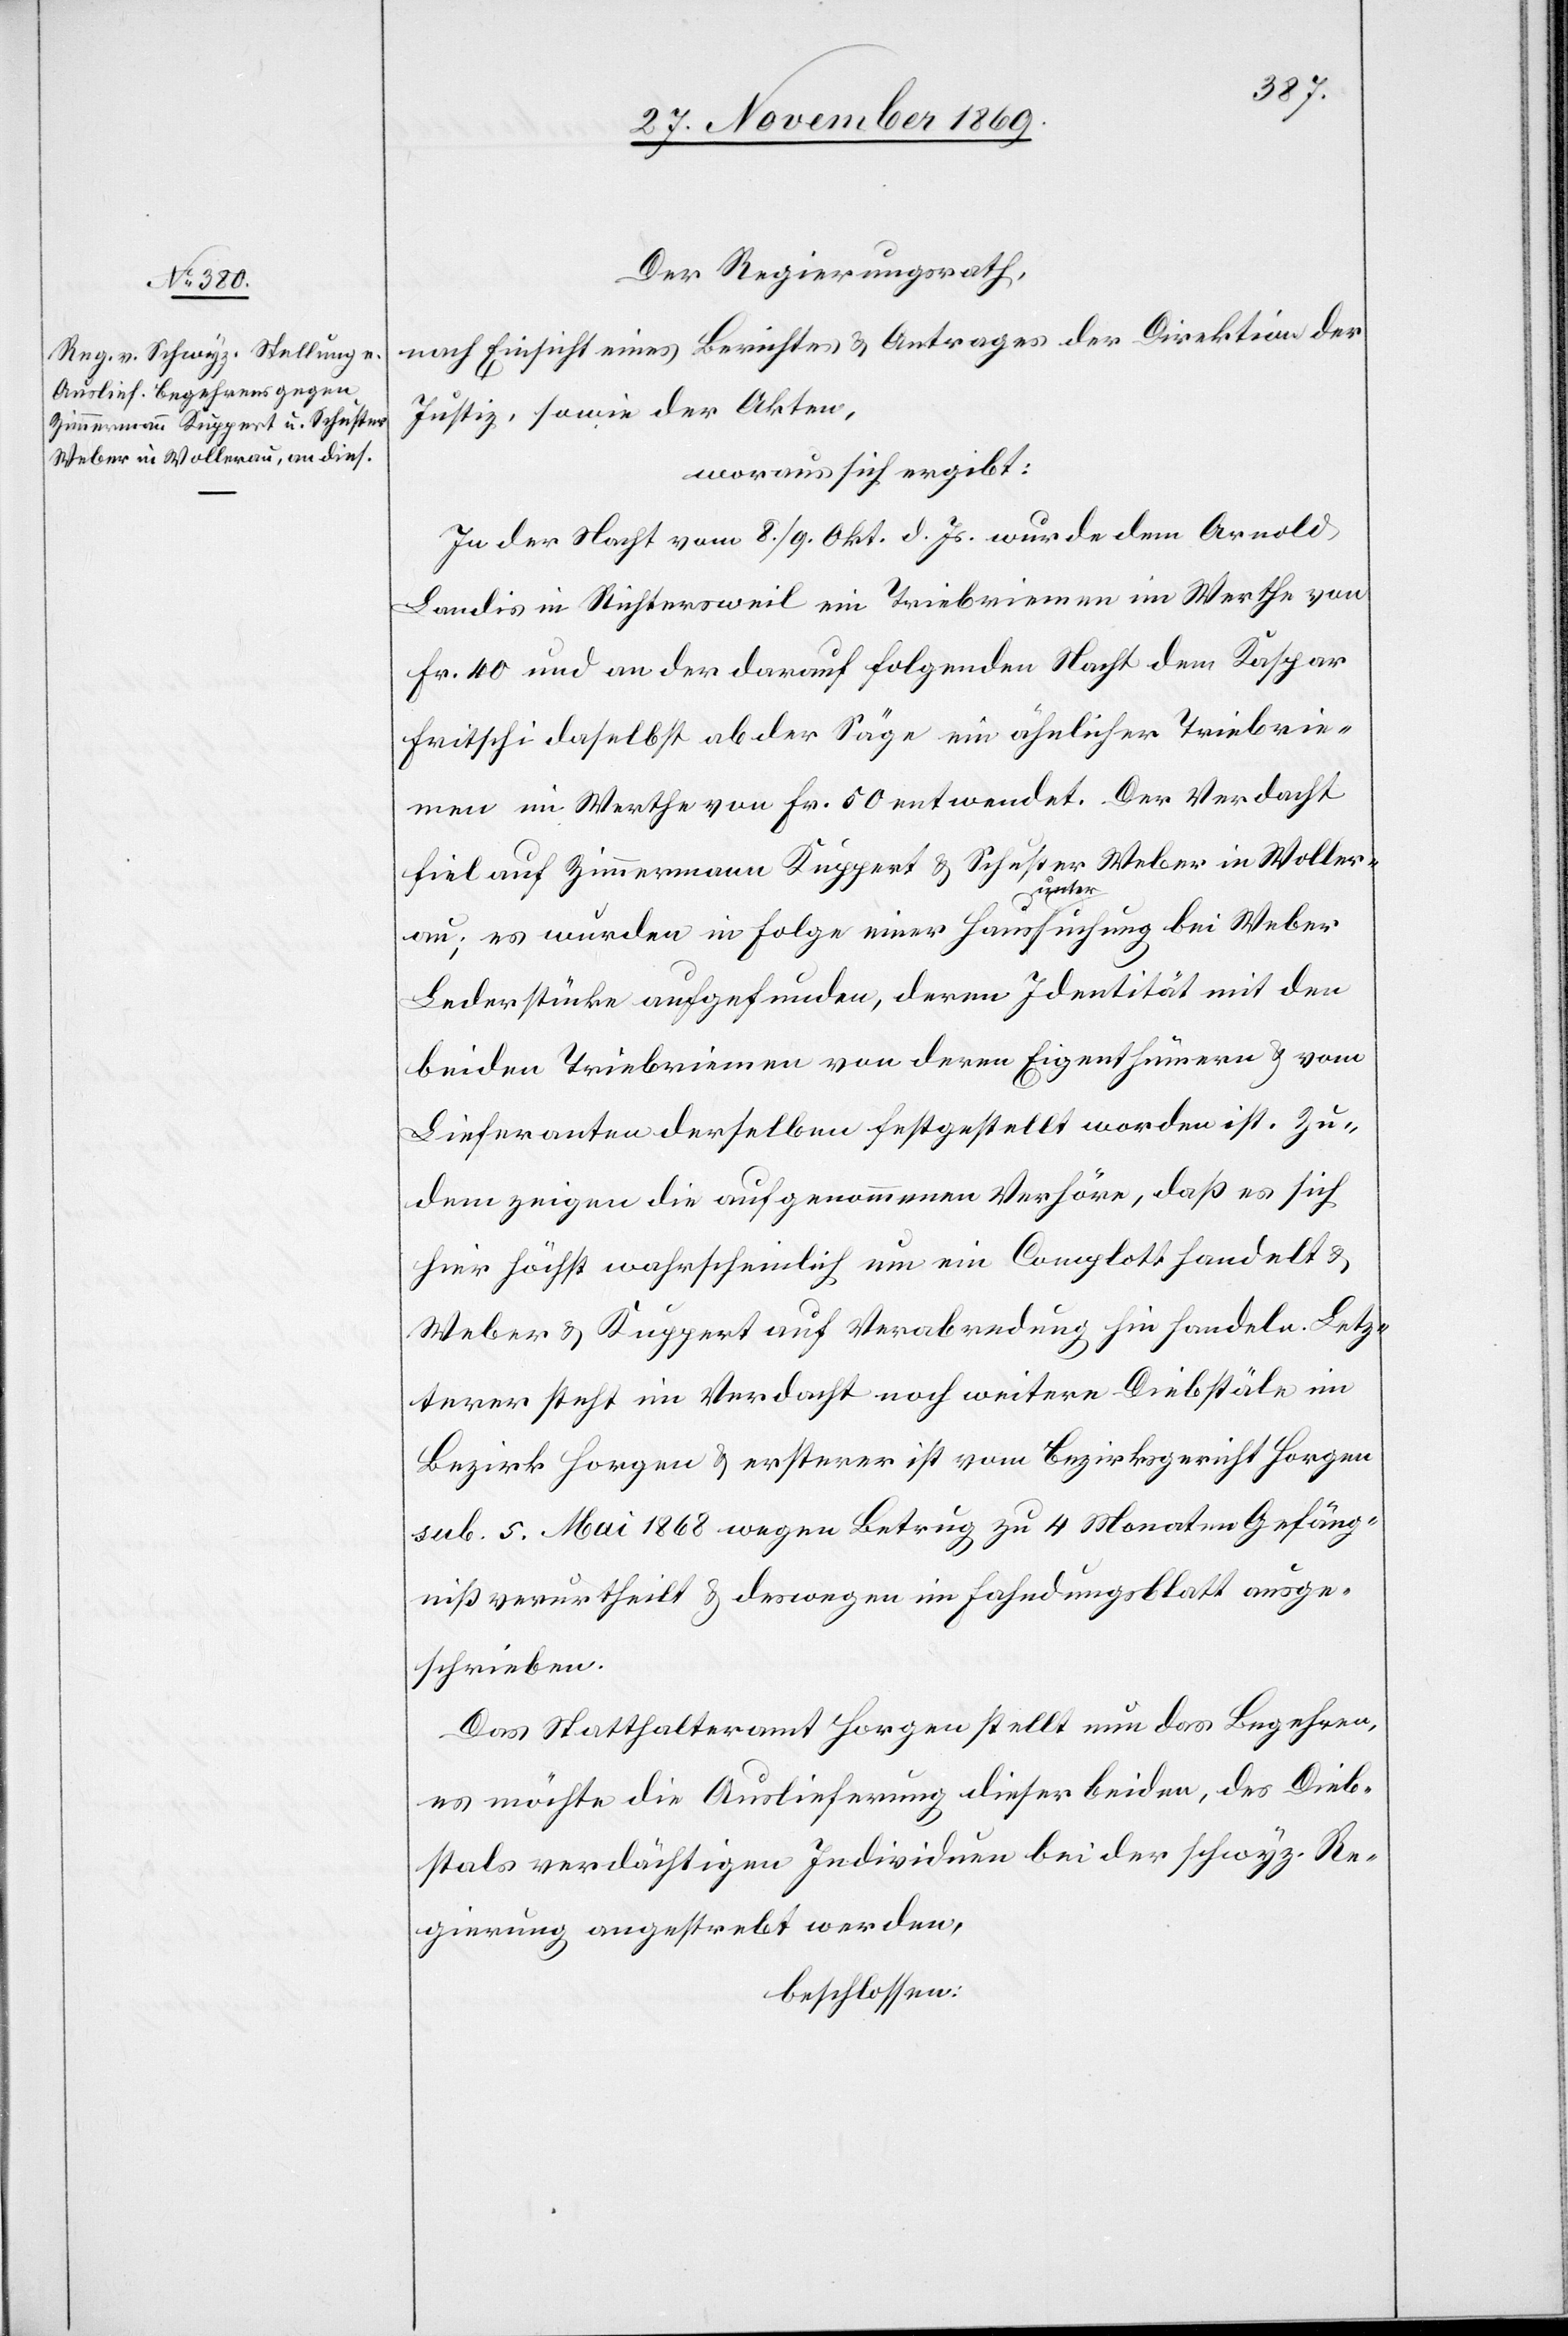
Der Regierungsrath,
nach Einsicht eines Berichtes & Antrages der Direktion der
Justiz, sowie der Akten,
woraus sich ergibt:
In der Nacht vom 8./9. Okt. d. Js. wurde dem Arnold
Landis in Richtersweil ein Triebriemen im Werthe von
Fr. 40 und an der darauf folgenden Nacht dem Kaspar
Fritschi daselbst ab der Säge ein ähnlicher Triebrie¬
men im Werthe von Fr. 50 entwendet. Der Verdacht
fiel auf Zimmermann Kuppert & Schuster Weber in Woller¬
au; es wurden in Folge einer Hausuntersuchung bei Weber
Lederstücke aufgefunden, deren Identität mit den
beiden Triebriemen von deren Eigenthümern & vom
Lieferanten derselben festgestellt worden ist. Zu¬
dem zeigen die aufgenommenen Verhöre, daß es sich
hier höchst wahrscheinlich um ein Complott handelt &
Weber & Kuppert auf Verabredung hin handeln. Letz¬
terer steht im Verdacht noch weitere Diebstäle im
sub. 5. Mai 1868 wegen Betrug zu 4 Monaten Gefäng¬
niß verurtheilt & deswegen im Fahndungsblatt ausge¬
schrieben.
Das Statthalteramt Horgen stellt nun das Begehren,
es möchte die Auslieferung dieser beiden, des Dieb¬
stals verdächtigen Individuen bei der schwyz. Re¬
gierung angestrebt werden,
beschlossen: